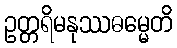
ဥတ္တရိမနုဿဓမ္မေတိ